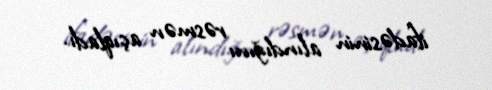
ifadəsinin alındığını rəsmən açıqladı.